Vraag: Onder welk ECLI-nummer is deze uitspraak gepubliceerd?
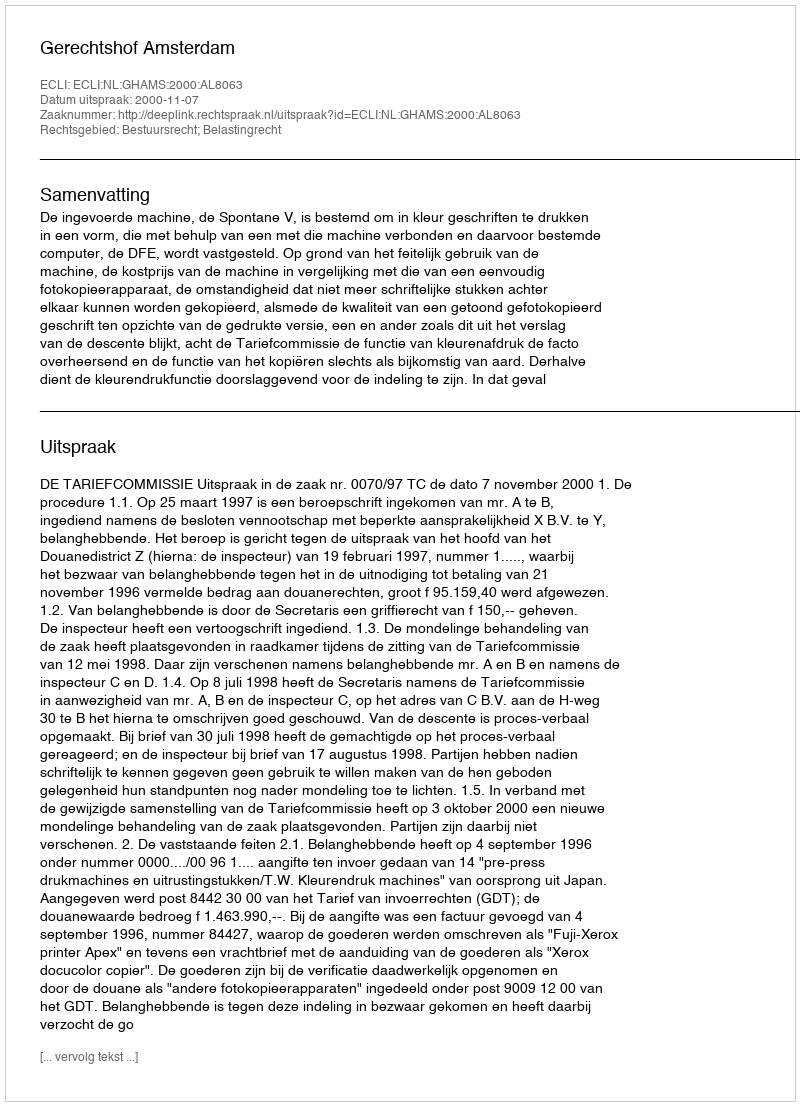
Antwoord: ECLI:NL:GHAMS:2000:AL8063